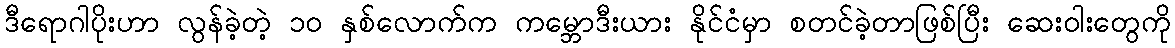
ဒီရောဂါပိုးဟာ လွန်ခဲ့တဲ့ ၁၀ နှစ်လောက်က ကမ္ဘောဒီးယား နိုင်ငံမှာ စတင်ခဲ့တာဖြစ်ပြီး ဆေးဝါးတွေကို